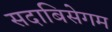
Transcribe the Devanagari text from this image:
सदाबिसेगम